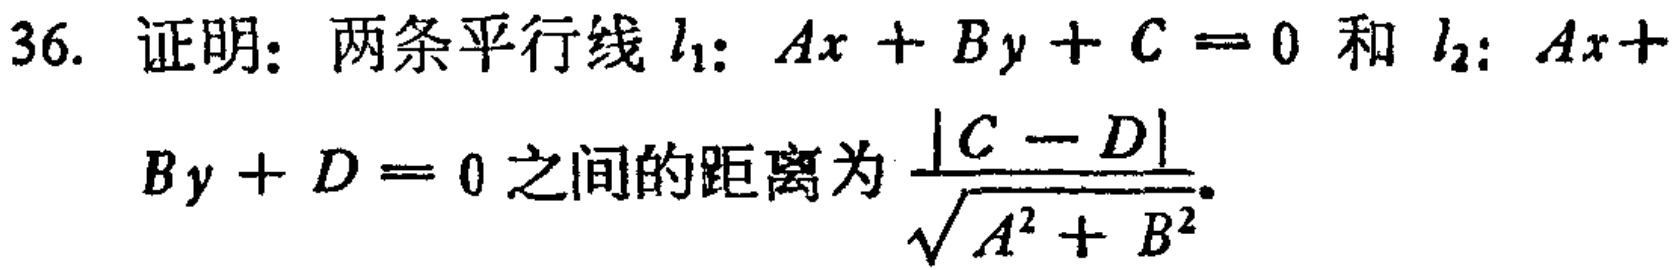
36. 证明：两条平行线 \(l_1: Ax + By + C = 0\) 和 \(l_2: Ax + By + D = 0\) 之间的距离为 \(\frac{|C - D|}{\sqrt{A^{2}+B^{2}}}\)。